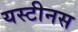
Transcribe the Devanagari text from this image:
यस्टीनस